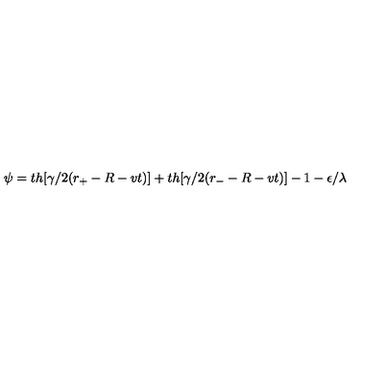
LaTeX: \psi = t h [ \gamma / 2 ( r _ { + } - R - v t ) ] + t h [ \gamma / 2 ( r _ { - } - R - v t ) ] - 1 - \epsilon / \lambda